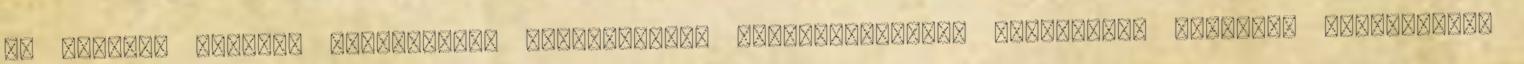
és terein. További részleteket megtudhatnak programturizmus honlapján. Rengeteg vidámságra,